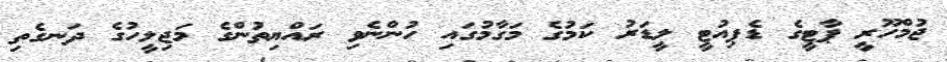
ޖުމްހޫރީ ޕާޓީގެ ޑެޕިއުޓީ ލީޑަރު ކަމުގެ މަގާމުގައި ހުންނެވި ރައްޔިތުންގެ މަޖިލީހުގެ ދަނގެތި